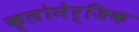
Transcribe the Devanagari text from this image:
क्लोनेर्जिक